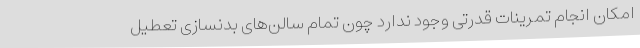
امکان انجام تمرینات قدرتی وجود ندارد چون تمام سالن‌های بدنسازی تعطیل